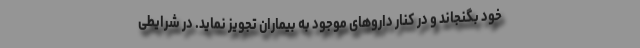
خود بگنجاند و در کنار داروهای موجود به بیماران تجویز نماید. در شرایطی